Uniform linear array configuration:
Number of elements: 16
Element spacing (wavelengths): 0.75
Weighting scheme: binomial
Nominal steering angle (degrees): -60
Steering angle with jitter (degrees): -61.303
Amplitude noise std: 0.05
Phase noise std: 0.05

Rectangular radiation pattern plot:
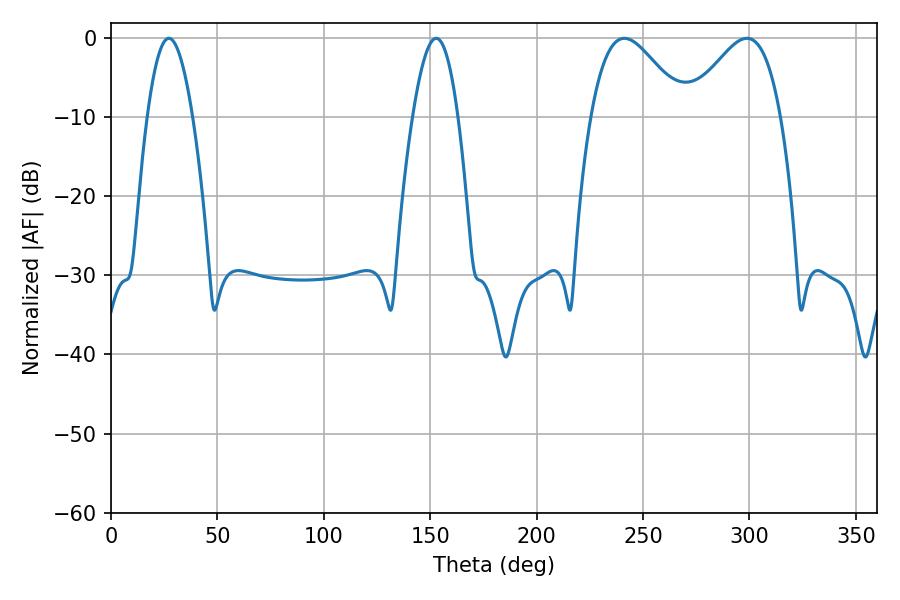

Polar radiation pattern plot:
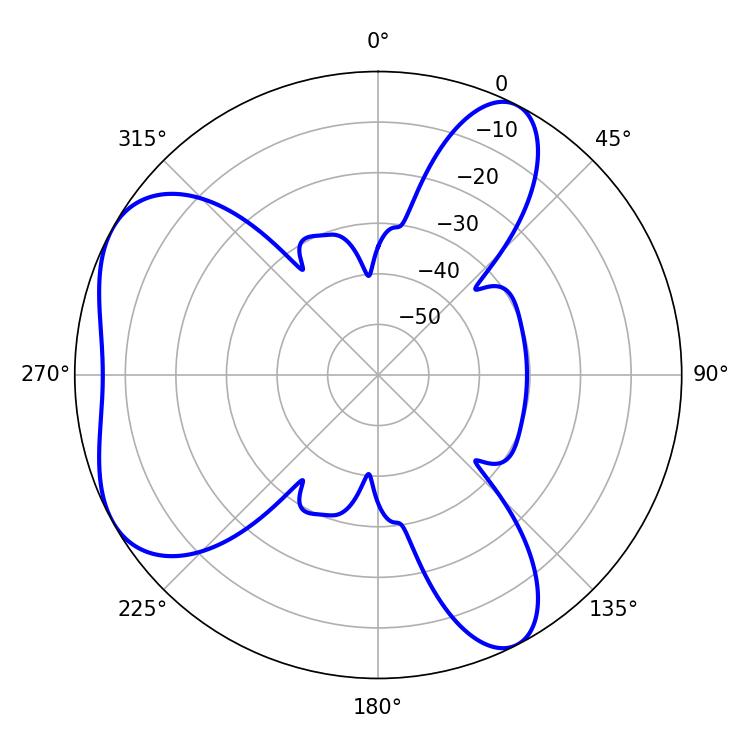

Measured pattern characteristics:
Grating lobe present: TRUE
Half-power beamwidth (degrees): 23.4
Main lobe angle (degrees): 241.2